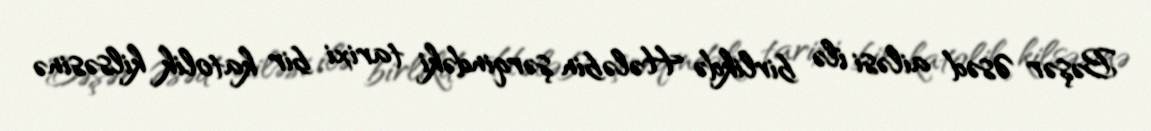
Bəşər Əsəd ailəsi ilə birlikdə Hələbin şərqindəki tarixi bir katolik kilsəsinə